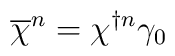
\overline{\chi }^{n}=\chi ^{\dagger n}\gamma _{0}